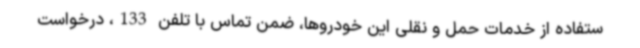
ستفاده از خدمات حمل و نقلی این خودروها، ضمن تماس با تلفن 133، درخواست